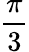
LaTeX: \frac{\pi}{3}